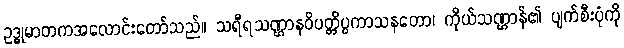
ဥဒ္ဓုမာတကအလောင်းတော်သည်။ သရီရသဏ္ဌာနဝိပတ္တိပ္ပကာသနတော၊ ကိုယ်သဏ္ဌာန်၏ ပျက်စီးပုံကို